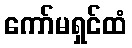
ကော်မရှင်ထံ